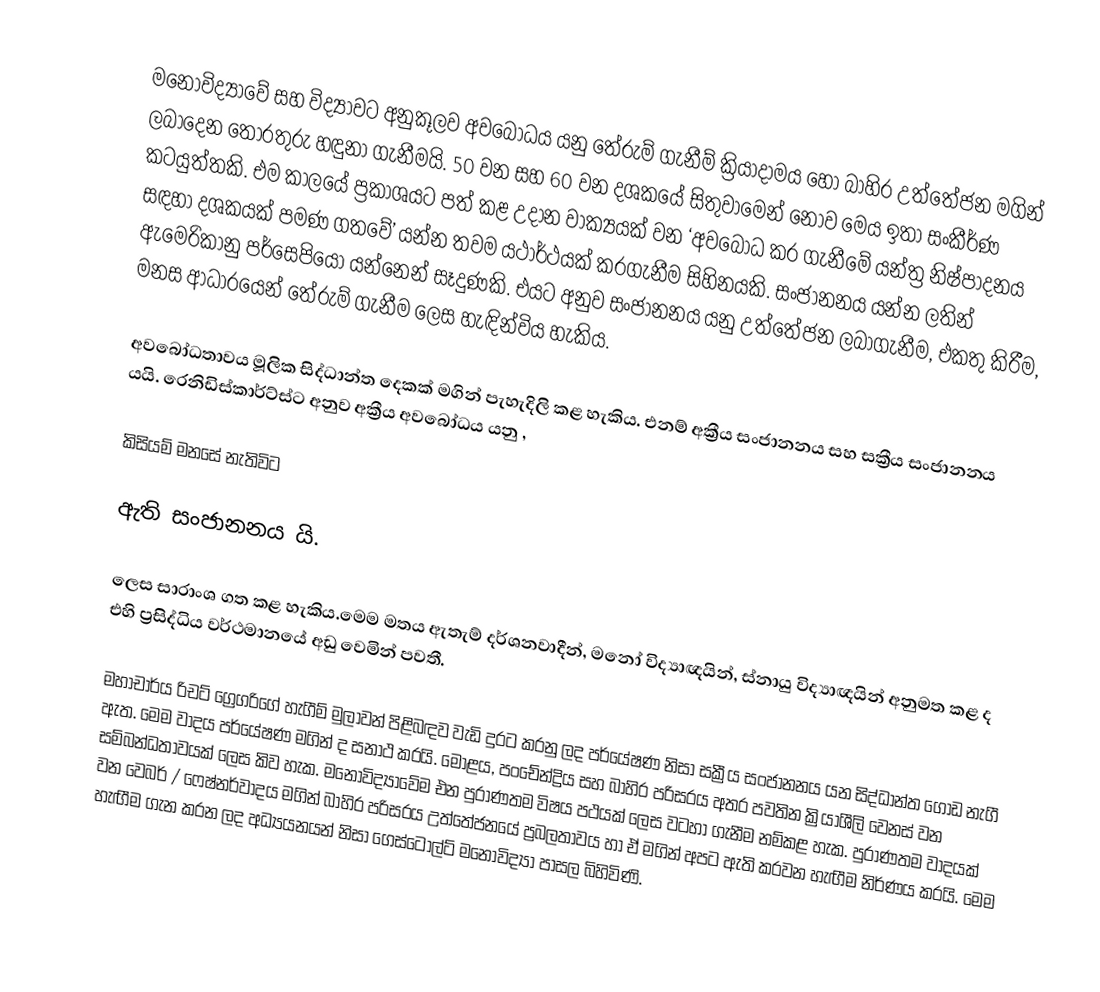
මනෝවිද්‍යාවේ සහ විද්‍යාවට අනුකූලව අවබෝධය යනු තේරුම් ගැනීම් ක්‍රියාදාමය හෝ බාහිර උත්තේජන මගින් ලබාදෙන තොරතුරු හඳුනා ගැනීමයි. 50 වන සහ 60 වන දශකයේ සිතුවාමෙන් නොව මෙය ඉතා සංකීර්ණ කටයුත්තකි. එම කාලයේ ප්‍රකාශයට පත් කළ උදාන වාක්‍යයක් වන ‘අවබෝධ කර ගැනීමේ යන්ත්‍ර නිෂ්පාදනය සඳහා දශකයක් පමණ ගතවේ’ යන්න තවම යථාර්ථයක් කරගැනීම සිහිනයකි. සංජානනය යන්න ලතින් ඇමෙරිකානු පර්සෙපියෝ යන්නෙන් සෑදුණකි. එයට අනුව සංජානනය යනු උත්තේජන ලබාගැනීම, එකතු කිරීම, මනස ආධාරයෙන් තේරුම් ගැනීම ලෙස හැඳින්විය හැකිය.

අවබෝධතාවය මූලික සිද්ධාන්ත දෙකක් මගින් පැහැදිලි කළ හැකිය. එනම් අක්‍රීය සංජානනය සහ සක්‍රීය සංජානනය යයි. රෙනිඩිස්කාර්ට්ස්ට අනුව අක්‍රීය අවබෝධය යනු ,

කිසියම් මනසේ නැතිවිට

ඇති සංජානනය යි.

ලෙස සාරාංශ ගත කළ හැකිය.මෙම මතය ඇතැම් දර්ශනවාදීන්, මනෝ විද්‍යාඥයින්, ස්නා‍යු විද්‍යාඥයින් අනුමත කළ ද එහි ප්‍රසිද්ධිය වර්ථමානයේ අඩු වෙමින් පවතී.

මහාචාර්ය රිචට් ග්‍රෙගරිගේ හැගීම් මුලාවන් පිළිබඳව වැඩි දුරට කරනු ලද පර්යේෂණ නිසා සක්‍රීය සංජානනය යන සිද්ධාන්ත ගොඩ නැගී ඇත. මෙම වාදය පර්යේෂණ මගින් ද සනාථ කරයි. මොළය, පංචේන්ද්‍රිය සහ බාහිර පරිසරය අතර පවතින ක්‍රියාශීලි වෙනස් වන සම්බන්ධතාවයක් ලෙස කිව හැක. මනෝවිද්‍යාවේම එන පුරාණතම විෂය පථයක් ලෙස වටහා‍ ගැනීම නම්කළ හැක. පුරාණතම වාදයක් වන වෙබර් / ෆෙෂ්නර්වාදය මගින් බාහිර පරිසරය උත්තේජනයේ ප්‍රබලතාවය හා ඒ මගින් අපට ඇති කරවන හැඟීම නිර්ණය කරයි. මෙම හැඟීම ගැන කරන ලද අධ්‍යයනයන් නිසා ගෙස්ටෝල්ට් මනෝවිද්‍යා පාසල බිහිවිණි.